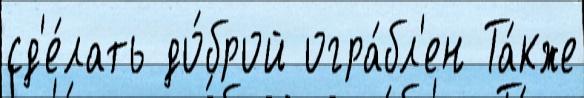
сд'е́лать до́брой огра́бл'ен Та́кже